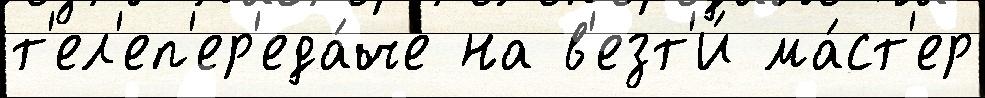
т'ел'еп'ер'еда́че на в'езт'и́ ма́ст'ер